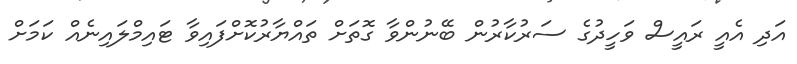
އަދި އެއީ ރައީސް ވަހީދުގެ ސަރުކާރުން ބޭނުންވާ ގޮތަށް ތައްޔާރުކޮށްފައިވާ ޓައިމްލައިނެއް ކަމަށް